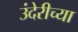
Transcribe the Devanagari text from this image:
उंदेरीच्या